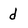
Character: d